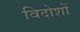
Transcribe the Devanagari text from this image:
विदोशों